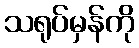
သရုပ်မှန်ကို